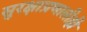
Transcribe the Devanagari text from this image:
सुरक्षाप्रणालीही